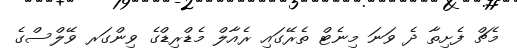
މެޗް ފެށިތާ ދެ ވަނަ މިނެޓް ތެރޭގައި ރެއާލް މެޑްރިޑްގެ ވިންގަރ ވޭލްސްގެ